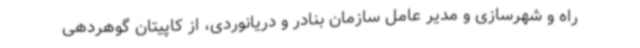
راه و شهرسازی و مدیر عامل سازمان بنادر و دریانوردی، از کاپیتان گوهردهی